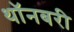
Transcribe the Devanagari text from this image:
थॉनबरी